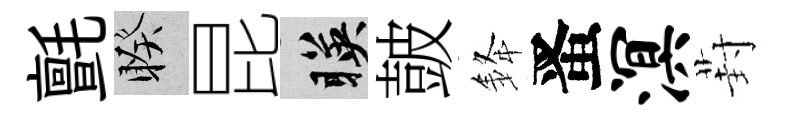
氈睽昆暎皷𨦟󱉠溟葑